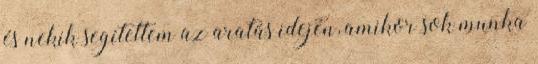
és nekik segítettem az aratás idején, amikor sok munka